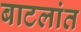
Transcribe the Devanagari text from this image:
बाटलांत